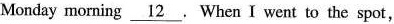
Monday moming \underline_{12}. When I went to the spot,